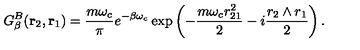
G _ { \beta } ^ { B } ( \mathrm { \bf r } _ { 2 } , \mathrm { \bf r } _ { 1 } ) = { \frac { m \omega _ { c } } { \pi } } e ^ { - \beta \omega _ { c } } \exp \left( - { \frac { m \omega _ { c } r _ { 2 1 } ^ { 2 } } { 2 } } - i { \frac { r _ { 2 } \wedge r _ { 1 } } { 2 } } \right) .